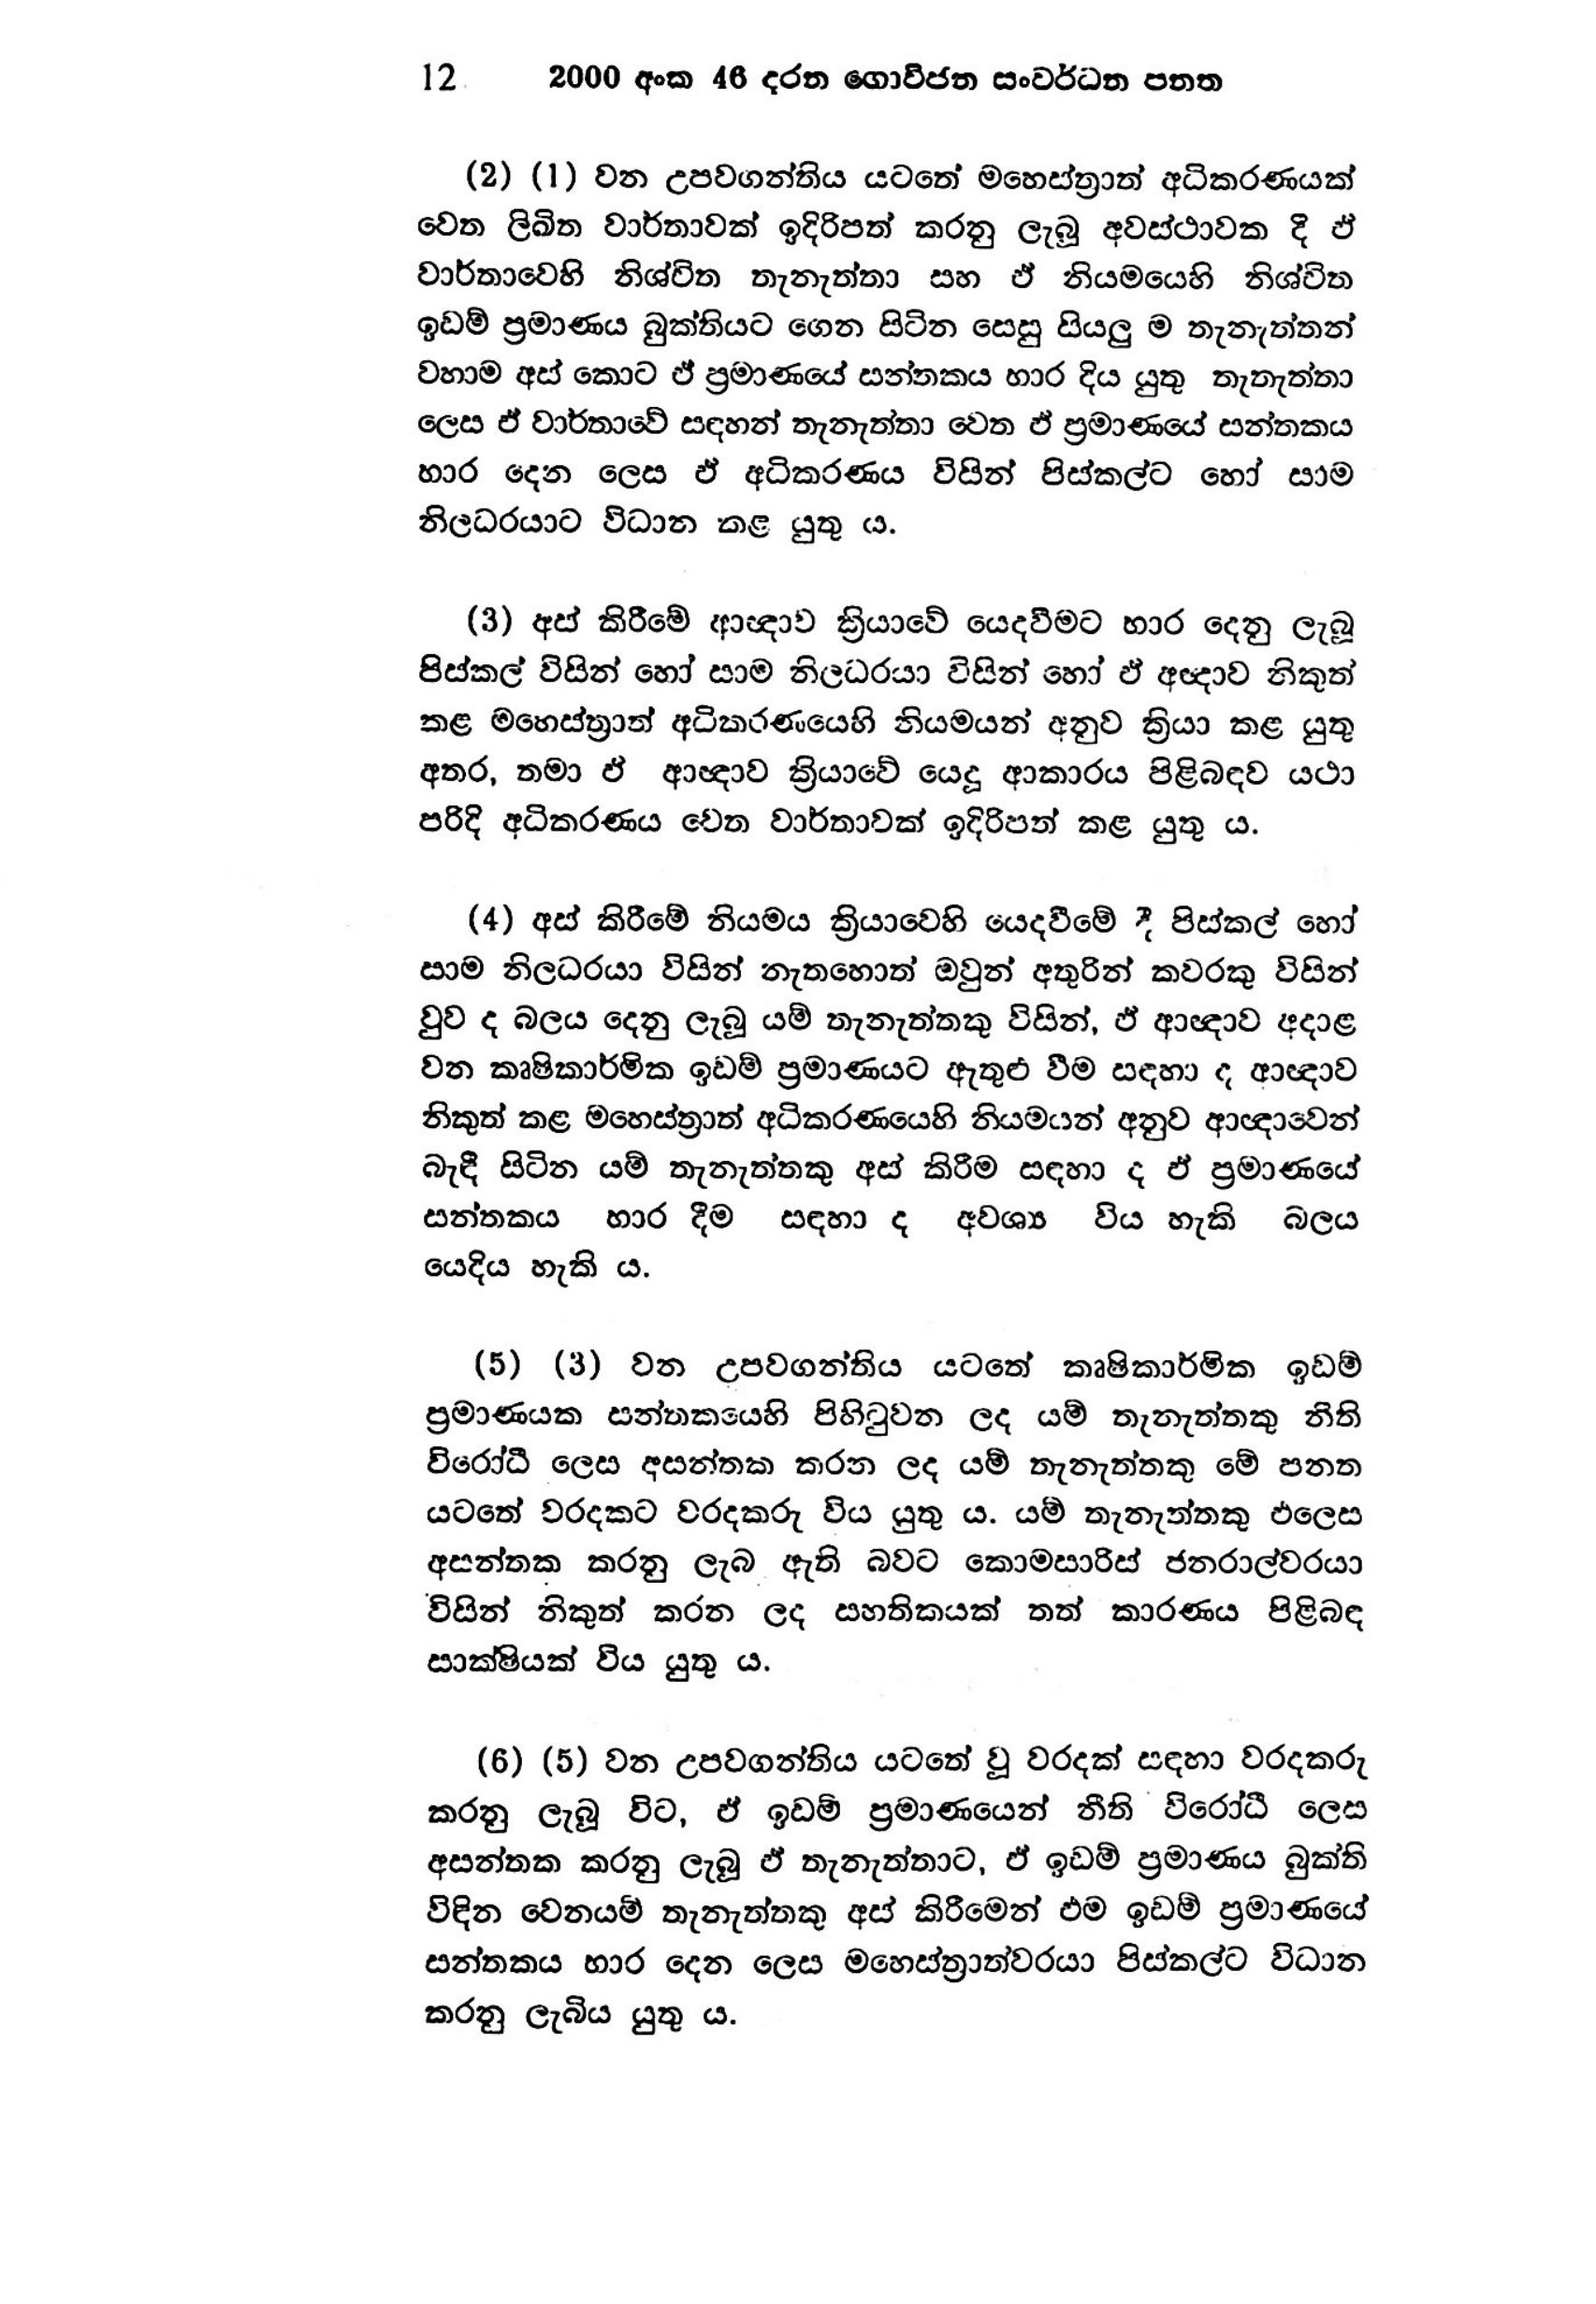
12 2000 අංක 46 දරන ගොවිජන සංවර්ධන පනත

(2) (1) වන උපවගන්තිය යටතේ මහෙස්ත්‍රාත් අධිකරණයක්
වෙත ලිඛිත වාර්තාවක් ඉදිරිපත් කරනු ලැබූ අවස්ථාවක දී ඒ
වාර්තාවෙහි නිශ්චිත තැනැත්තා සහ ඒ නියමයෙහි නිශ්චිත
ඉඩම් ප්‍රමාණය බුක්තියට ගෙන සිටින සෙසු සියලු ම තැනැත්තන්
වහාම අස් කොට ඒ ප්‍රමාණයේ සන්තකය භාර දිය යුතු තැනැත්තා
ලෙස ඒ වාර්තාවේ සඳහන් තැනැත්තා වෙත ඵ් ප්‍රමාණයේ සන්තකය
හාර දෙන ලෙස ඒ අධිකරණය විසින් පිස්කල්ට හෝ සාම
නිලධරයාට විධාන කළ යුතු ය.

( 3 ) අස් කිරීමේ ආඥාව ක්‍රියාවේ යෙදවීමට භාර දෙනු ලැබූ
පිස්කල් විසින් හෝ සාම නිලධරයා විසින් හෝ ඒ අඥාව නිකුත්
කළ මහෙස්ත්‍රාත් අධිකරණයෙහි නියමයන් අනුව ක්‍රියා කළ යුතු
අතර, තමා ඵ් ආඥාව ක්‍රියාවේ යෙදූ ආකාරය පිළිබඳව යථා
පරිදි අධිකරණය වෙත වාර්තාවක් ඉදිරිපත් කළ යුතුය.

(4) අස් කිරීමේ නියමය ක්‍රියාවෙහි යෙදවීමේ දී පිස්කල් හෝ
සාම නිලධරයා විසින් නැතහොත් ඔවුන් අතුරින් කවරකු විසින්
වුව ද බලය දෙනු ලැබූ යම් තැනැත්තකු විසින්, ඒ ආඥාව අදාළ
වන කෘෂිකාර්මික ඉඩම් ප්‍රමාණයට ඇතුළු වීම සඳහා ද ආඥාව
නිකුත් කළ මහෙස්ත්‍රාත් අධිකරණයෙහි නියමයන් අනුව ආඥාවෙන්
බැඳී සිටින යම් තැනැත්තකු අස් කිරීම සඳහා ද ඒ ප්‍රමාණයේ
සන්තකය භාර දීම සඳහා ද අවශ්‍ය විය හැකි බලය
යෙදිය හැකි ය.

(5) (3) වන උපවගන්තිය යටතේ කෘෂිකාර්මික ඉඩම්
ප්‍රමාණයක සන්තකයෙහි පිහිටුවන ලද යම් තැනැත්තකු නීති
විරෝධී ලෙස අසන්තක කරන ලද යම් තැනැත්තකු මේ පනත
යටතේ වරදකට වරදකරු විය යුතු ය. යම් තැනැත්තකු එලෙස
අසන්තක කරනු ලැබ ඇති බවට කොමසාරිස් ජනරාල්වරයා
විසින් නිකුත් කරන ලද සහතිකයක් තත් කාරණය පිළිබඳ
සාක්ෂියක් විය යුතු ය.

(6) (5) වන උපවගන්තිය යටතේ වූ වරදක් සඳහා වරදකරු
කරනු ලැබූ විට, ඒ ඉඩම් ප්‍රමාණයෙන් නීති විරෝධී ලෙස
අසන්තක කරනු ලැබූ ඒ තැනැත්තාට, ඒ ඉඩම් ප්‍රමාණය බුක්ති
විඳින වෙනයම් තැනැත්තකු අස් කිරීමෙන් එම ඉඩම් ප්‍රමාණයේ
සන්තකය භාර දෙන ලෙස මහෙස්ත්‍රාත්වරයා පිස්කල්ට විධාන
කරනු ලැබිය යුතු ය.